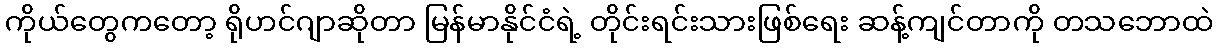
ကိုယ်တွေကတော့ ရိုဟင်ဂျာဆိုတာ မြန်မာနိုင်ငံရဲ့ တိုင်းရင်းသားဖြစ်ရေး ဆန့်ကျင်တာကို တသဘောထဲ